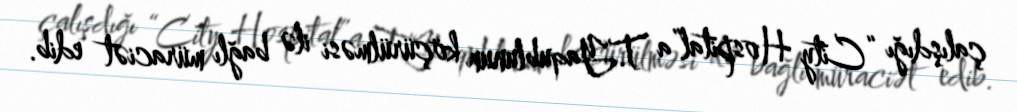
çalışdığı “City Hospital”a T.Yaqublunun köçürülməsi ilə bağlı müraciət edib.